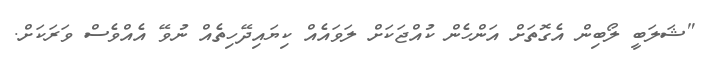
"ޝަލަބީ ލޯބިން އެގޮތަށް އަންހެން ކުއްޖަކަށް ލަވައެއް ކިޔައިދޭހިތެއް ނުވޭ އެއްވެސް ވަރަކަށް.